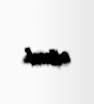
olardı.